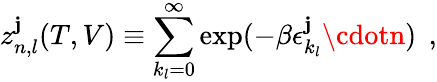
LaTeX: z_{n,l}^{\mathbf{j}}(T,V)\equiv\sum_{k_{l}=0}^{\infty}\exp(-\beta\epsilon_{k_{l}}^{\mathbf{j}}\cdotn)\: \: ,